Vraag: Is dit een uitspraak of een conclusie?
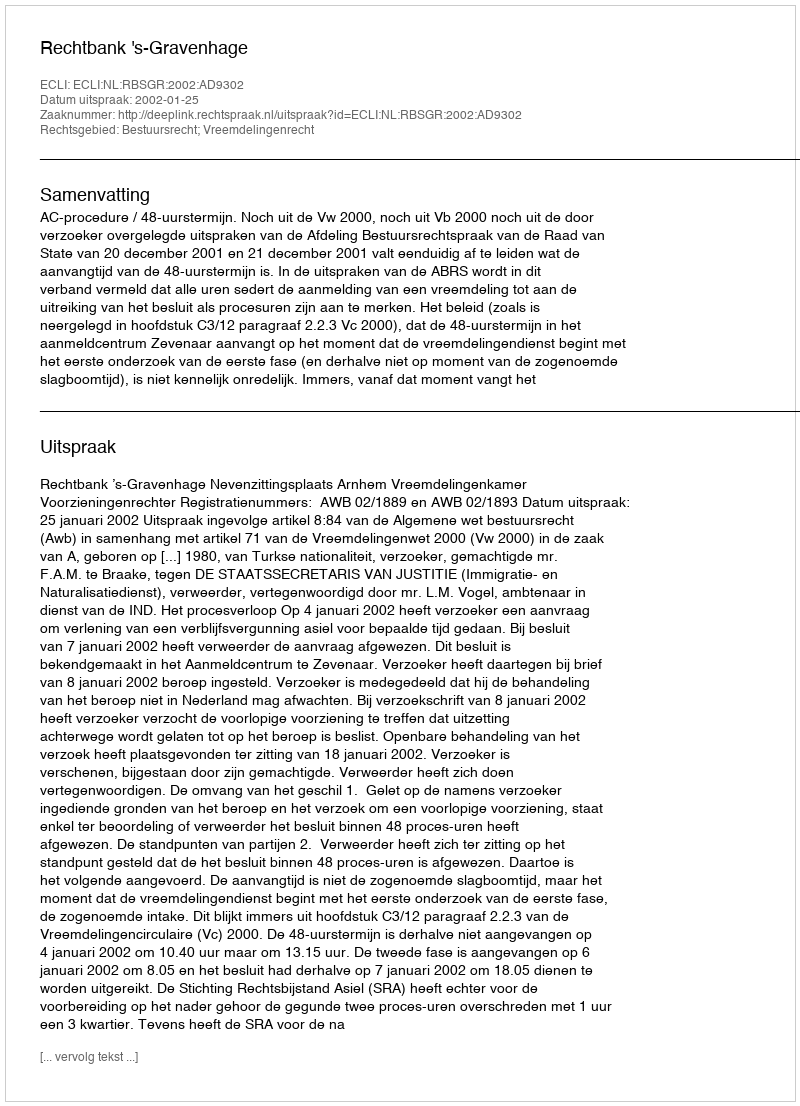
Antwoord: Uitspraak